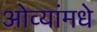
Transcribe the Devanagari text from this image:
ओव्यांमधे